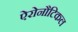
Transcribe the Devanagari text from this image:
ऐरोनौटिकल